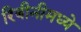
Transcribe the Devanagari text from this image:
रिबीनीमध्ये